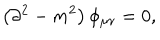
LaTeX: \left( \partial ^ { 2 } - m ^ { 2 } \right) \phi _ { \mu \nu } = 0 ,